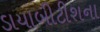
ડાયાબીટીશના